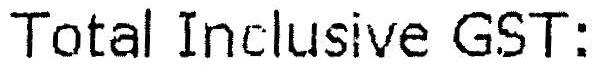
TOTAL INCLUSIVE GST: